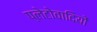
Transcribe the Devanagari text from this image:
प्लेटोवादियों